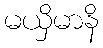
မယှိမာနိ